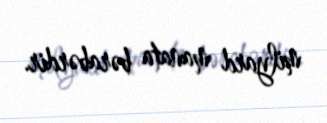
milyard manata bərabərdir.